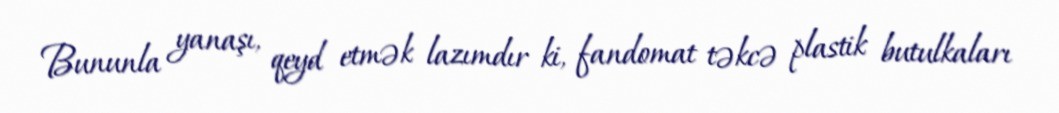
Bununla yanaşı, qeyd etmək lazımdır ki, fandomat təkcə plastik butulkaları